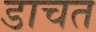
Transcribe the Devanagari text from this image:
डाचत